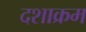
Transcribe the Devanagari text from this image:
दशाक्रम